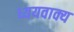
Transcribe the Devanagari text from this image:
ध्ययवाक्य